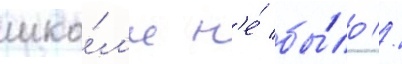
шко́л'е н'е́ бы́ло //